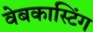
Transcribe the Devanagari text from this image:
वेबकास्टिंग